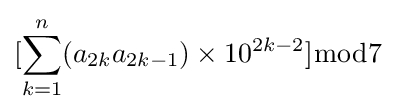
[\sum _{k=1}^{n}(a_{2k}a_{2k-1})\times 10^{2k-2}]{\bmod {7}}